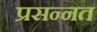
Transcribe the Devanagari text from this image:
प्रसन्नत